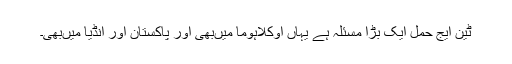
ٹین ایج حمل ایک بڑا مسئلہ ہے یہاں‌ اوکلاہوما میں‌بھی اور پاکستان اور انڈیا میں‌بھی۔